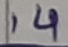
Text: 14